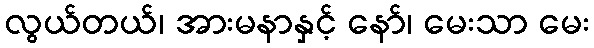
လွယ်တယ်၊ အားမနာနှင့် နော်၊ မေးသာ မေး